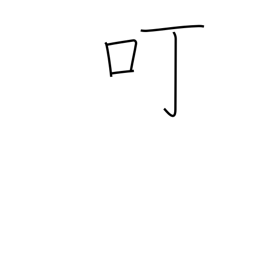
Meaning: courtesy